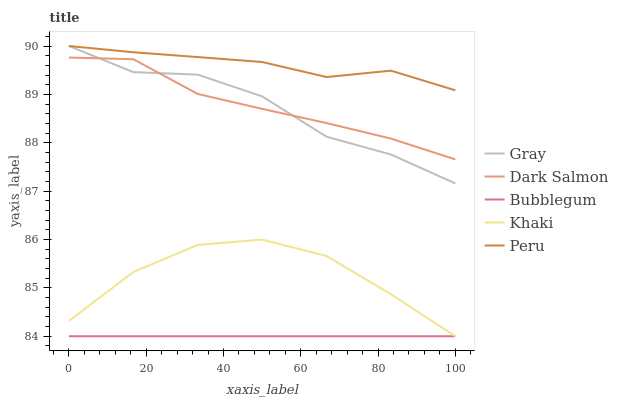
| xaxis_label | Gray | Dark Salmon | Bubblegum | Khaki | Peru |
 | --- | --- | --- | --- | --- | --- |
 | 0 | 90 | 89.8 | 84 | 84.3 | 90 |
 | 16.7 | 89.5 | 89.7 | 84 | 85.3 | 89.9 |
 | 33.3 | 89.4 | 89 | 84 | 85.9 | 89.8 |
 | 50 | 89 | 88.7 | 84 | 86 | 89.7 |
 | 66.7 | 88.1 | 88.4 | 84 | 85.7 | 89.4 |
 | 83.3 | 87.8 | 88.1 | 84 | 84.9 | 89.5 |
 | 100 | 87.2 | 87.7 | 84 | 84 | 89.1 |